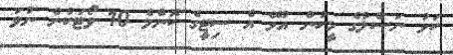
ކަޅު ނަސްލުގެ މީހުން އުޅޭ އެ ސިޓީގެ ކޮންމެ 10 ވޯޓަކުން ނުވަ